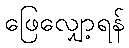
ဖြေလျှော့ရန်